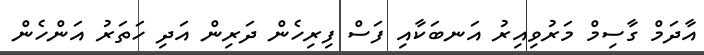
އާދަމް ގާސިމް މަރުވިއިރު އަނބަކާއި ފަސް ފިރިހެން ދަރިން އަދި ހަތަރު އަންހެން